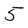
Character: 5